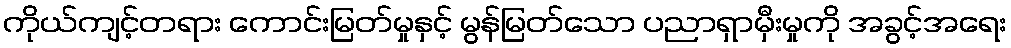
ကိုယ်ကျင့်တရား ကောင်းမြတ်မှုနှင့် မွန်မြတ်သော ပညာရှာမှီးမှုကို အခွင့်အရေး